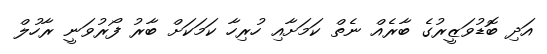
އަދި ބޮޑުވަޒީރުގެ ބާރެއް ނެތް ކަމަށާއި ހުރިހާ ކަމަކަށް ބާރު ފޯރުވަނީ ރާހުލް